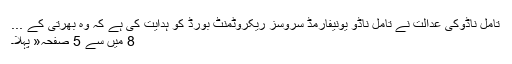
تامل ناڈوکی عدالت نے تامل ناڈو یونیفارمڈ سروسز ریکروٹمنٹ بورڈ کو ہدایت کی ہے کہ وہ بھرتی کے ...
8 میں سے 5 صفحہ« پہلا۔